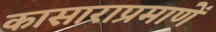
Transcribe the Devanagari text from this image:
कासाराप्रमाणें